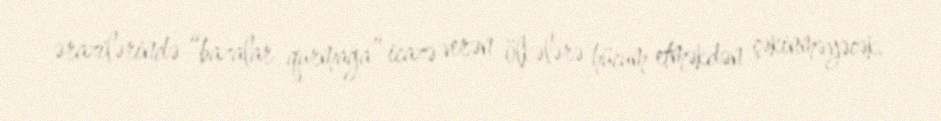
ərazilərində “bazalar qurmağa” icazə verən ölkələrə hücum etməkdən çəkinməyəcək.